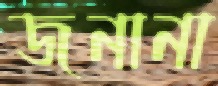
জনানা